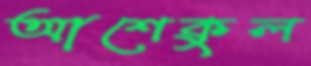
আশেকুল